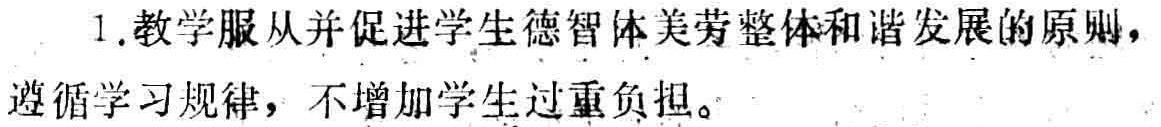
1.教学服从并促进学生德智体美劳整体和谐发展的原则，遵循学习规律，不增加学生过重负担。